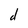
Character: d